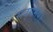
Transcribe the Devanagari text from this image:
सद्गमय।